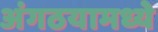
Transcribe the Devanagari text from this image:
अंगठयामध्ये